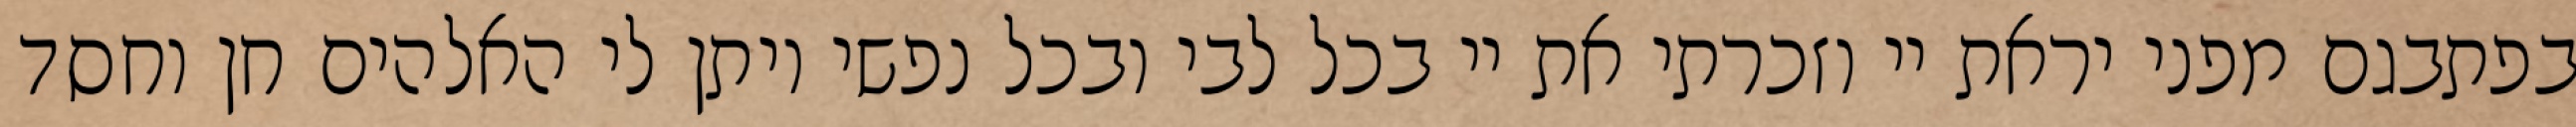
בפתבגם מפני יראת יי וזכרתי את יי בכל לבי ובכל נפשי ויתן לי האלהים חן וחסד